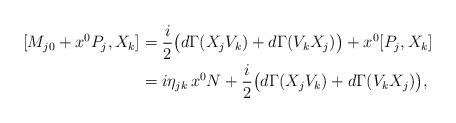
LaTeX: \begin{align*}[ M_{j0}+x^{0} P_{j},X_k]&=\frac{i}{2} \big( d\Gamma(X_jV_k )+d\Gamma( V_kX_j)\big) +x^{0} [ P_{j},X_k]\\&= i\eta_{jk}\, x^{0} N+\frac{i}{2} \big( d\Gamma(X_jV_k )+d\Gamma( V_kX_j)\big),\end{align*}